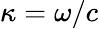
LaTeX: \kappa=\omega/c